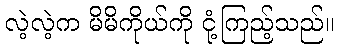
လဲ့လဲ့က မိမိကိုယ်ကို ငုံ့ကြည့်သည်။